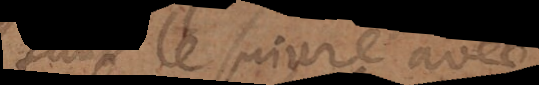
faut le suivre avec